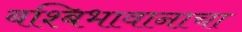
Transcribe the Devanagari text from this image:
बश्बिभावानाचा